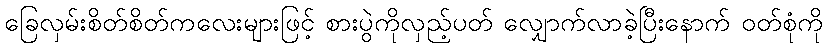
ခြေလှမ်းစိတ်စိတ်ကလေးများဖြင့် စားပွဲကိုလှည့်ပတ် လျှောက်လာခဲ့ပြီးနောက် ဝတ်စုံကို